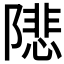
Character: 𨼚